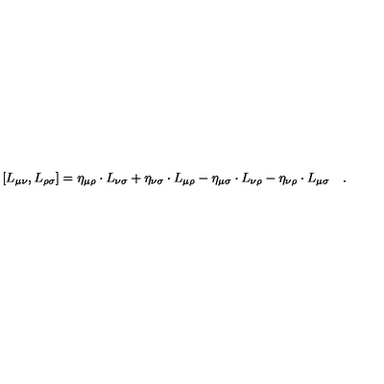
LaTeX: \left[ L _ { \mu \nu } , L _ { \rho \sigma } \right] = \eta _ { \mu \rho } \cdot L _ { \nu \sigma } + \eta _ { \nu \sigma } \cdot L _ { \mu \rho } - \eta _ { \mu \sigma } \cdot L _ { \nu \rho } - \eta _ { \nu \rho } \cdot L _ { \mu \sigma } \quad .